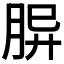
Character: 𦚪